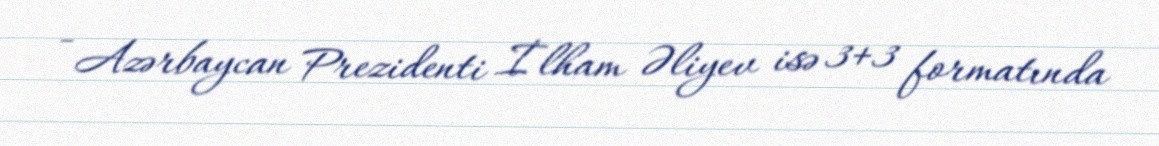
- Azərbaycan Prezidenti İlham Əliyev isə 3+3 formatında